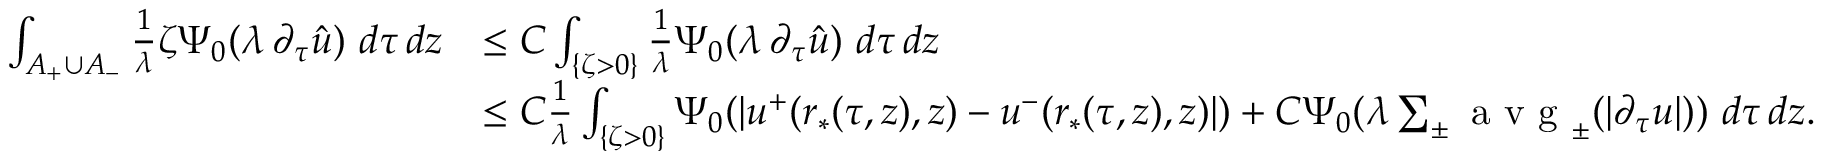
\begin{array} { r l } { \int _ { A _ { + } \cup A _ { - } } \frac { 1 } { \lambda } \zeta \Psi _ { 0 } ( \lambda \, \partial _ { \tau } \hat { u } ) \ d \tau \, d z } & { \leq C \int _ { \{ \zeta > 0 \} } \frac { 1 } { \lambda } \Psi _ { 0 } ( \lambda \, \partial _ { \tau } \hat { u } ) \ d \tau \, d z } \\ & { \leq C \frac { 1 } { \lambda } \int _ { \{ \zeta > 0 \} } \Psi _ { 0 } ( | u ^ { + } ( r _ { * } ( \tau , z ) , z ) - u ^ { - } ( r _ { * } ( \tau , z ) , z ) | ) + C \Psi _ { 0 } ( \lambda \sum _ { \pm } \textup { a v g } _ { \pm } ( | \partial _ { \tau } u | ) ) \ d \tau \, d z . } \end{array}